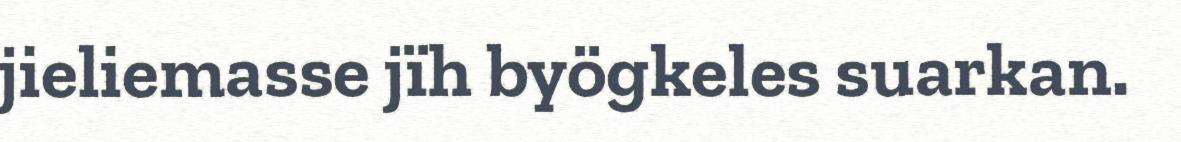
jieliemasse jïh byögkeles suarkan.